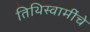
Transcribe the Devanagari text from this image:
तिथिस्वामींचे